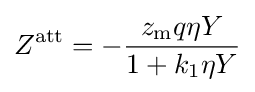
Z^{\rm {att}}=-{\frac {z_{\text{m}}q\eta Y}{1+k_{1}\eta Y}}